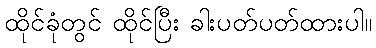
ထိုင်ခုံတွင် ထိုင်ပြီး ခါးပတ်ပတ်ထားပါ။